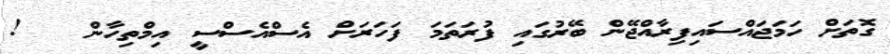
ގޮތަށް ހަމަޖައްސައިފިރާއްޖޭން ބޭރުގައި ފުރަތަމަ ފަހަރަށް އެސްއެސްސީ އިމްތިހާން   !